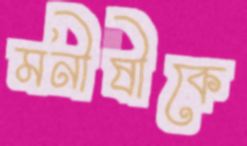
মনীষীকে